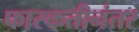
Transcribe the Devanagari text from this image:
फारकतीनंतर